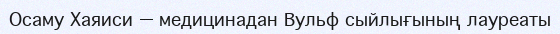
Осаму Хаяиси — медицинадан Вульф сыйлығының лауреаты